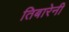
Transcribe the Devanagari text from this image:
तिबारेनी